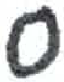
אות: ס